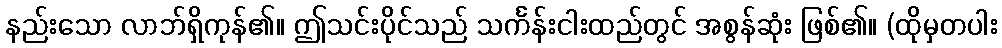
နည်းသော လာဘ်ရှိကုန်၏။ ဤသင်းပိုင်သည် သင်္ကန်းငါးထည်တွင် အစွန်ဆုံး ဖြစ်၏။ (ထိုမှတပါး